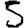
Digit: 5